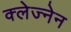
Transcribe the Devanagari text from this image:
क्लेज्नेन